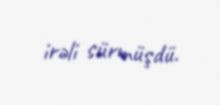
irəli sürmüşdü.